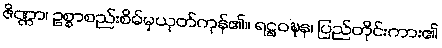
ဇိဏ္ဏာ၊ ဥစ္စာစည်းစိမ်မှယုတ်ကုန်၏။ ရဋ္ဌဝဍ္ဎန၊ ပြည်တိုင်းကား၏